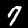
Label: 7